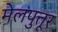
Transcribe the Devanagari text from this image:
मेलपुत्तूर